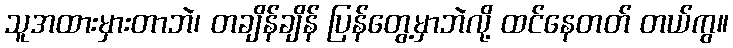
သူအထားမှားတာဘဲ၊ တချိန်ချိန် ပြန်တွေ့မှာဘဲလို့ ထင်နေတတ် တယ်ကွ။